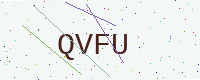
Text: QVFU